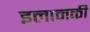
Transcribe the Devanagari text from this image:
इलामकी